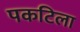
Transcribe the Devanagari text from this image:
पकटिला